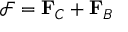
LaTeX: { \mathcal { F } } = \mathbf { F } _ { C } + \mathbf { F } _ { B }